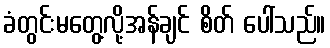
ခံတွင်းမတွေ့လို့အန်ချင် စိတ် ပေါ်သည်။